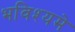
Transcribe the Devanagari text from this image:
भविश्यमे